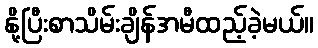
နို့ပြီးစာသိမ်းချိန်အမီထည့်ခဲ့မယ်။